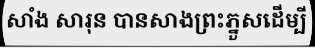
សាំង សារុន បានសាងព្រះភ្នួសដើម្បី